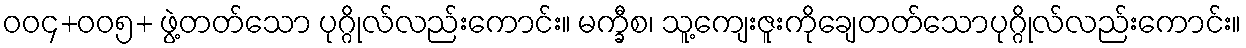
ဝဝ၄+ဝဝ၅+ ဖွဲ့တတ်သော ပုဂ္ဂိုလ်လည်းကောင်း။ မက္ခီစ၊ သူ့ကျေးဇူးကိုချေတတ်သောပုဂ္ဂိုလ်လည်းကောင်း။